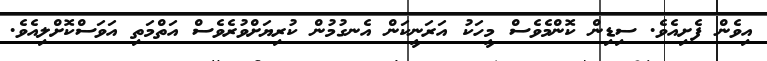
އިވެން ފެށިއެވެ. ސިޑިން ކޮންމެވެސް މީހަކު އަރަނީކަން އެނގުމުން ކުރިޔަށްވުރެވެސް އަތްމަތި އަވަސްކޮށްލިއެވެ.